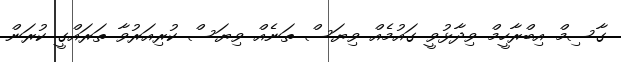
ގާސިމް އިބްރާހީމް ވިދާޅުވީ ގައުމެއް ވިޔަސް ތަނެއް ވިޔަސް ކުރިއަރުވާ ތަރައްގީ ކުރަން